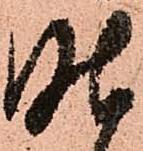
昨